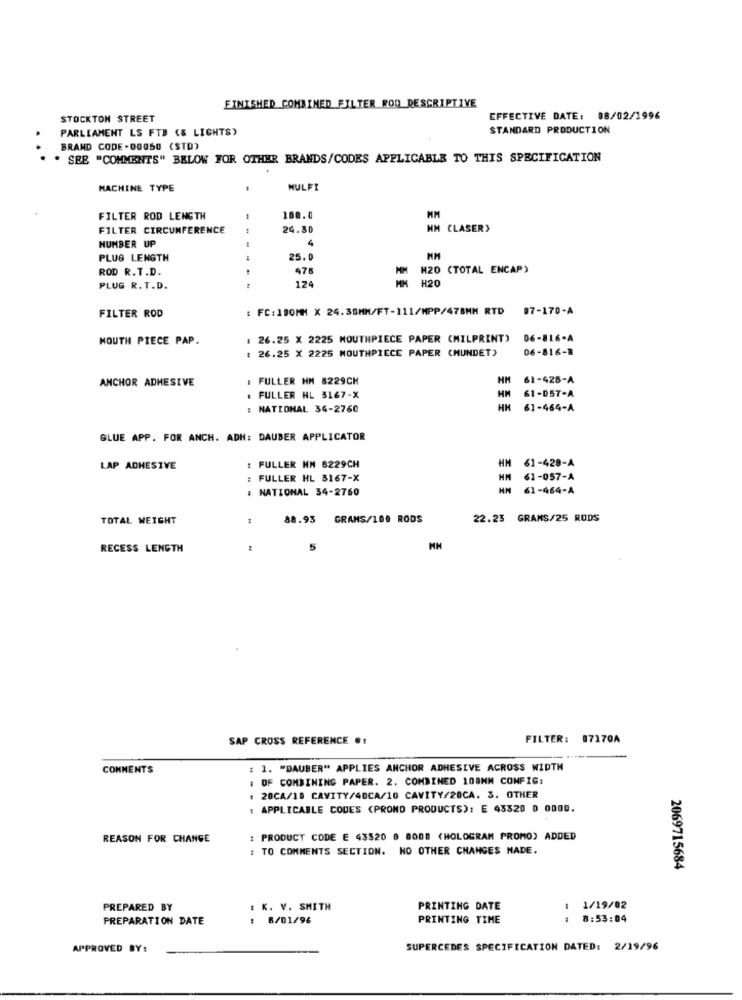
FINISHED COMBINED FILTER ROD DESCRIPTIVE
STOCKTON STREET
EFFECTIVE DATE: 08/02/1996
PARLIAMENT LS FTB (& LIGHTS)
STANDARD PRODUCTION
BRAND CODE .00050 (STO)
. SEE "COMMENTS" BELOW FOR OTHER BRANDS/CODES APPLICABLE TO THIS SPECIFICATION
MACHINE TYPE
MULFI
FILTER ROD LENGTH
100.0
MM
FILTER CIRCUMFERENCE
24.30
HM CLASER)
NUMBER UP
4
PLUG LENGTH
25.0
ROD R.T.D.
978
MM M20 (TOTAL ENCAP)
124
MM H20
PLUG R.T.D.
.. .
: FC:100MM X 24.30MM/FT-111/MPP/478MM RTD 07-170-A
FILTER ROD
MOUTH PIECE PAP.
: 26.25 X 2225 MOUTHPIECE PAPER (MILPRINT)
06-816-A
: 26.25 X 2225 MOUTHPIECE PAPER (MUNDET)
06-816-8
ANCHOR ADHESIVE
: FULLER HM 8229CH
HM
61-428-A
FULLER HL 3167-X
HM
61-057-A
: NATIONAL 34-2760
HM 61-464-A
GLUE APP. FOR ANCH. ADH: DAUBER APPLICATOR
HM 61-428-A
LAP ADHESIVE
: FULLER HM 8229CH
: FULLER HL 3167-X
HM 61-057-A
. NATIONAL 34-2760
HN 61-464-A
TOTAL WEIGHT
88.93
GRANS/100 RODS
22.23 GRAMS/25 RODS
RECESS LENGTH
5
SAP CROSS REFERENCE #:
FILTER: 07170A
COMMENTS
: 1. "DAUBER" APPLIES ANCHOR ADHESIVE ACROSS WIDTH
: OF COMBINING PAPER. 2. COMBINED 100MM CONFIG:
: 20CA/18 CAVITY/40CA/10 CAVITY/20CA. 3. OTHER
: APPLICABLE CODES (PRONO PRODUCTS): E 43320 0 0000.
REASON FOR CHANGE
: PRODUCT CODE E 43520 0 8008 (HOLOGRAM PROMO) ADDED
: TO COMMENTS SECTION. NO OTHER CHANGES MADE.
2069715684
PREPARED BY
: K. V. SMITH
PRINTING DATE
1/19/02
PREPARATION DATE
: 6/01/96
PRINTING TIME
8:53:04
APPROVED BY:
SUPERCEDES SPECIFICATION DATED: 2/19/96